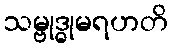
သမ္ဗုဒ္ဓုမရဟတိ